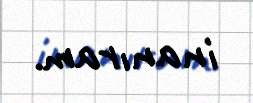
inanıram.